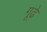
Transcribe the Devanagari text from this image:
गूढे